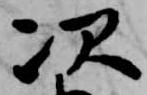
次